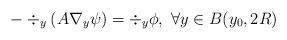
LaTeX: \begin{align*}-\div_y (A\nabla_y\psi )=\div_y\phi, \ \forall y\in B (y_0,2R)\end{align*}